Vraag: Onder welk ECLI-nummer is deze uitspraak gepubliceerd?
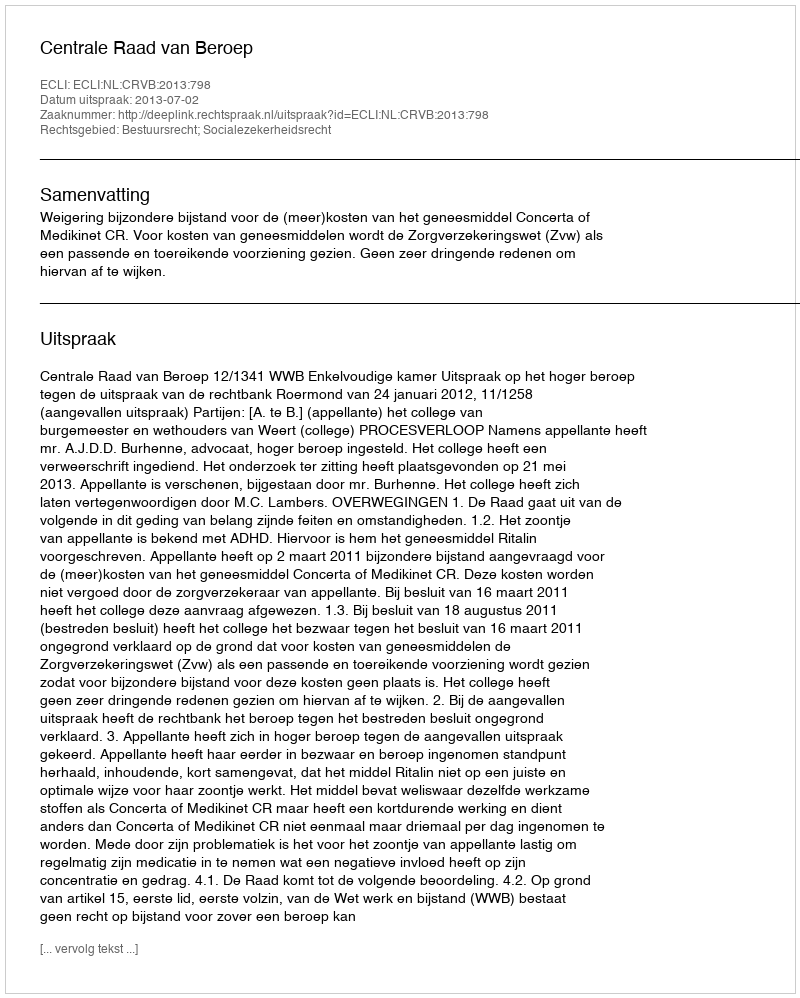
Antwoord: ECLI:NL:CRVB:2013:798